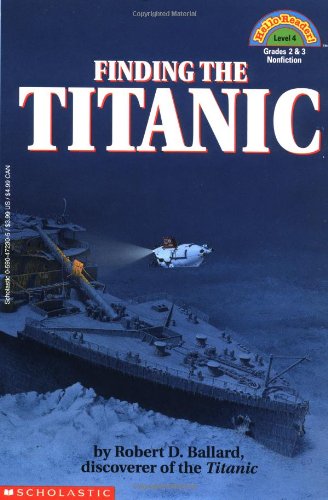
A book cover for Finding the Titanic (Hello Reader! Level 4); Robert D. Ballard; Children's Books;